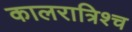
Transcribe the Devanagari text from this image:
कालरात्रिश्च